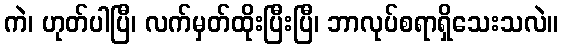
ကဲ၊ ဟုတ်ပါပြီ၊ လက်မှတ်ထိုးပြီးပြီ၊ ဘာလုပ်စရာရှိသေးသလဲ။